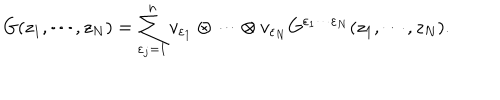
LaTeX: G ( z _ { 1 } , \cdots , z _ { N } ) = \sum _ { \varepsilon _ { j } = 1 } ^ { n } v _ { \varepsilon _ { 1 } } \otimes \cdots \otimes v _ { \varepsilon _ { N } } G ^ { \varepsilon _ { 1 } \cdots \varepsilon _ { N } } ( z _ { 1 } , \cdots , z _ { N } ) .